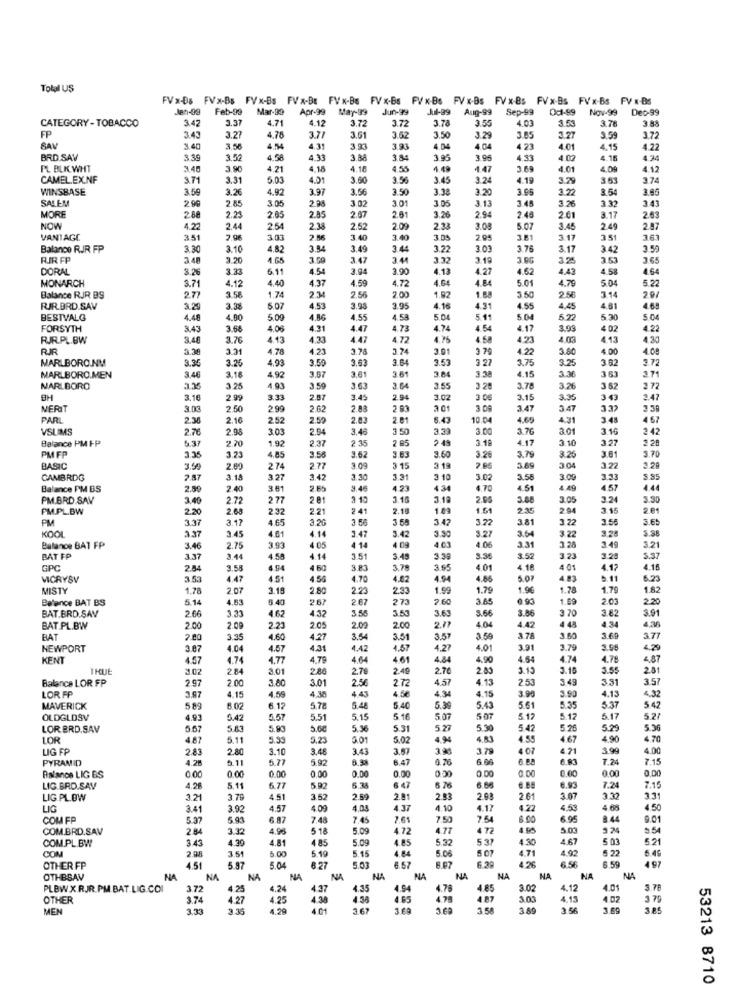
Total US
FV x-Ds FVx-Bs FVx-Bs FVx-BE FVx-Bs FVx-Bs FVx-Bs FVx-Bs FVx-Bs
FVx-Bs FVx-Bs FV x-BS
Jen-09
Feb-99
Mar-39
Apr-99
May-99
Jun-99
Aug-99
Sep-99
Od1-99
Nov-99
Dec-99
CATEGORY - TOBACCO
3.42
3.37
4.71
4.12
3.72
3.72
3.78
3.55
4.03
3.53
3 78
3.88
FP
3.43
3.2
4.76
3.77
3.61
3.62
3.50
3.29
3.85
3.27
3.59
3.72
SAM
3.40
3.50
4.54
4.31
3.23
3.93
4.04
4.04
4 23
4.01
4.15
1.27
BRD SAV
3.39
3.5
4.58
4.33
3 88
3.84
3.95
3.95
4.53
4.02
4.16
4.34
PL BLK WHT
3.45
3.90
4.21
4.15
4.18
4.55
1.49
1.47
3.69
4.01
4.00
4.12
CAMEL.EX.NF
3.71
3.31
5.03
4.01
3.00
3.56
3.45
3.24
4.19
35
374
WINSBASE
3.59
3.2€
4.92
3.91
3.56
3.50
3.38
3.20
3.06
3.22
3.5
3.05
SALEM
2.85
3.05
2.98
3.02
3.0
3.05
3.13
3.48
3.26
3.43
3.17
MORE
288
2.2
2.05
2.67
2.61
3.26
2.94
2.48
2.01
2.63
NOW
4.22
2.44
2.54
2.38
2.52
2.09
2.33
3.08
5.07
3.45
2.40
2.97
VANTAGE
351
7.96
3.03
2.56
3.40
3.40
3.05
2.95
361
3.17
363
Balance RJR FP
3.30
3.10
4,82
3.54
3.49
3.44
3.22
3.03
3.76
3.17
3.42
3.50
RIR FP
3.48
3.2
4.65
3.59
3.47
3.41
3.32
3.19
3.8G
3.25
3.5
3.65
DORAL
3.26
6.11
4.54
3.04
3.90
4.13
4.27
4.62
4.43
58
4.6
3.71
4.12
4,40
4.37
4.59
4.72
4.64
4.84
5.01
4.79
5.04
5.22
MONARCH
1.92
31
Balance RJR BS
2.77
3.56
1.74
2.34
2.56
2.00
1.68
3.50
2.58
29/
RUR.BRD.SAV
3.2
3.38
5.07
4.53
3.93
3.9
4.16
4.31
4.55
4,45
4.8
4.65
BESTVALG
4.48
4.80
5.09
4.86
4.55
4.58
5.04
51.
5.04
5 3
5 04
FORSYTH
3.43
3.68
4.06
4.31
4.47
4.73
4.74
4.54
4.17
3.00
4 02
4.22
RJR.PL.BW
3.40
3.76
4.13
4.33
4.47
4.72
4.58
4.23
4.03
4.13
4.30
PUR
3.38
3.31
4.78
4.23
3.74
3.74
3 70
4.22
3.60
4.00
4.08
MARLBORO.NM
9.35
3.25
4.93
3.50
3.63
2.64
3.53
3.27
3.75
3.25
3.62
3.72
3.46
3.57
3.61
3.61
3.04
3.38
3.31
3.71
MARLBORO.MEN
3.18
4,92
4.15
36
MARLBORO
3 25
4 93
3.50
3.64
155
3 28
3.70
3.26
3 62
2 72
BH
3.1
2.99
3.33
2.97
3.45
2.94
102
3.0€
3.15
3.35
3 43
2.47
MERIT
3.0
2.50
2.99
2.62
2.03
2 .93
3.0
3 47
3.47
3 32
PARL
2.38
2.16
252
2.50
43
10 0
4.65
4.31
3.48
VSLIMS
2.7
2.98
303
2.94
3.46
3.50
3.00
3.76
3.10
2 42
Balance PM F-P
5.37
2.70
1.92
2.37
2 35
2.85
2.49
3.18
4.17
3.10
3.27
2.28
PM FP
4.85
3.56
3.79
3.25
3.61
3.70
3.35
3 .23
3.26
BASIC
2.00
274
2.77
9.00
3 15
3 19
3.89
304
3.22
2.28
CAMBRDG
2.8
3.18
3.27
3.42
3.30
1.31
3 10
3.02
3.58
3.0º
3.33
5.85
Balance PM BS
2.5
2.40
3.81
3.4
34
4.51
4.57
4.44
PM.BRD.SAV
3.40
2.72
277
2 81
3.16
2.05
5.88
3.05
3.24
3.30
PM.PL.BW
2.20
2.68
2.32
2.21
2.41
2.18
1.85
1.51
2.35
2.94
3.15
2.61
PM
3.37
3.17
4.65
3.20
3.58
3.47
3.22
3.81
3.22
3.56
3.65
KOOL
3.45
4.01
3.47
3.27
3.22
3.28
5.88
3.37
4.14
4.09
3.42
4.01
3.54
3.49
Balance BAT FP
3.46
2.75
3.93
4 .05
4 14
4.06
3.31
3.28
3.21
BAT FP
3.37
3.44
4.50
4.14
3.51
3.45
3.39
3.36
3.52
3.23
3.2
5.37
GPC
2.54
3.58
4 60
3.83
3.78
4.01
4.18
4.01
4.17
4.18
MICRYSV
3.53
4.47
4.51
4.56
4.70
4.62
4.94
4.06
5.0
4.83
.. 1
6.23
MISTY
1.78
2.07
3.19
2.80
2.33
1.99
1.79
1.9€
1.78
1.79
1.82
Balance BAT BS
5.14
4.53
6.40
2.67
2.67
273
7.60
3.65
0.93
1.08
2.03
2.20
BAT.BRD.SAY
2.66
3.33
4.32
3.55
3.53
3.63
3.66
3 70
3.82
3.91
4.62
3.86
4.34
BAT.PL.BW
2.00
2 09
2.23
2.05
2.09
2.00
2.77
4.04
4.42
4 48
BAT
2.80
3.35
4.60
4.27
3.54
3.51
3.57
3.59
3.78
3.80
3.69
3.77
NEWPORT
3.07
4.04
4.57
4.31
4.42
4.57
4.27
4.01
3.91
3.79
3.98
4.29
KENT
4.57
4.74
4,77
4.79
4.64
461
4,84
4.90
4.54
4.74
4.79
TRUE
3.02
284
3.01
2.86
2.79
2.49
2.70
2.83
3.15
3.16
3.55
201
Balance LOR FP
2.97
2.00
3.80
301
2.56
2.72
4.57
4.13
2.53
3 49
331
3.57
4.55
4 43
4.5€
4.34
4.15
3.90
3.90
4.13
4.32
LOR FP
3.87
4.15
4.38
MAVERICK
5 89
6.02
6.12
5.78
5.48
6.40
5.39
5.43
5.61
5.35
5.37
5 42
OLDGLDSV
4.93
5.42
5.57
5.51
5.15
5.16
5.07
$ 17
5.12
5.17
527
LOR BRD.SAV
5.57
5.83
5.93
5.6€
5.36
5.31
5.27
5.30
5.42
5.26
5.29
5.36
LOR
4.87
5.11
5.39
5.23
6.01
5.02
4.94
4.83
4.55
4.67
4.90
4.70
LIG FP
2.83
2.80
3.10
3.48
3.43
3.57
3.79
4 07
4.71
3.99
4.00
PYRAMID
4.28
9.11
5.77
5.92
6.47
6.00
€ .93
7.24
7.15
0.00
0.00
0.00
0.00
0.00
0.00
0.00
Baianos LIG BS
0.00
0.00
0.00
0.00
7.16
LIG.BRD.SAV
4.26
5.11
6.77
5.92
5.34
6 47
6.66
6.93
7.24
LIG PL.OW
3.21
3.76
4.51
3.52
2.59
2.81
2.83
2.03
2.61
3.07
3.32
3.31
LIG
3.41
3.92
4.57
4.09
4.37
4.10
4.17
4.22
4.53
4.68
4.50
COM FP
5.37
5.43
6.87
7.48
7.45
7.61
7.50
7.54
8.00
6.95
8 44
9.01
COM.BRD.SAV
2.84
3.32
4.96
5 18
5.09
4.72
4.71
4 72
4.95
5.03
3 24
COM.PL.BW
3.43
4.30
4.81
4 85
5.09
4.85
5.32
5 31
4.30
4.67
5 03
5.21
COM
2.08
3.51
5.00
5.19
5.15
4 84
5.00
4.92
5 22
6.49
6.29
4.71
4 26
6.59
OTHER FP
4.51
5.87
5.04
8 27
5.03
6.57
6.56
497
OTHBSAV
NA
NA
NA
NA
NA
NA
NA
NA
NA
NA
NA
NA
PLBWX RJR.PM.BAT.LIG.CCI
3.72
4.25
4.24
4.37
4.35
4.94
4.78
4.85
3.02
4.12
4.01
3.78
OTHER
3.74
4.27
4.25
4.38
4.58
4.65
4.78
4 87
3.05
4.15
4.02
3 75
MEN
3.33
3.35
4.29
4 01
3.67
3 60
1.58
3.80
3.56
3.69
53213 8710